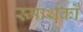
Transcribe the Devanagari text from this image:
स्मार्थको